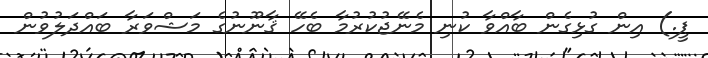
ޕީ.) އިން ގުޅިގެން ބާއްވާ ކުނި މެނޭޖުކުރުމާ ބެހޭ ޤާނޫނުގެ މަޝްވަރާ ބައްދަލުވުން